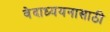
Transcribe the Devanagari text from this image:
वेदाध्ययनासाठी